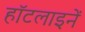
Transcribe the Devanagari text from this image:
हॉटलाइनें